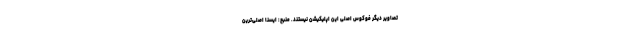
تصاویر دیگر فوکوس اصلی این اپلیکیشن نیستند. منبع: ایسنا اصلی‌ترین